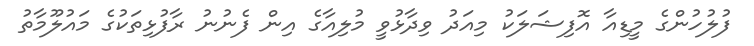
ފުލުހުންގެ މީޑިއާ އޮފިޝަލަކު މިއަދު ވިދާޅުވީ މުލިއާގެ އިން ފެނުނު ރާފުޅިތަކުގެ މައުލޫމާތު